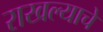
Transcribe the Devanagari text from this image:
राखल्याचे